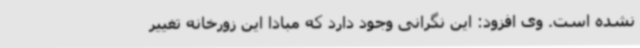
نشده است. وی افزود: این نگرانی وجود دارد که مبادا این زورخانه تغییر